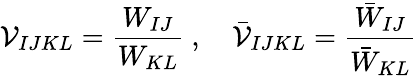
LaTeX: \mathcal{V}_{IJKL}=\frac{{W_{IJ}}}{{W_{KL}}}~,\quad\bar{{\mathcal{V}}}_{IJKL}=\frac{{\bar{{W}}_{IJ}}}{{\bar{{W}}_{KL}}}